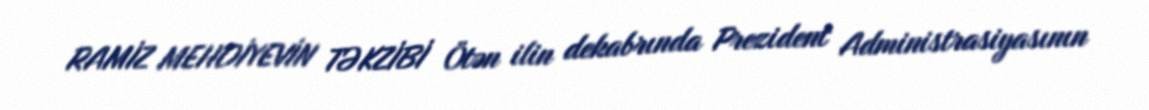
RAMİZ MEHDİYEVİN TƏKZİBİ Ötən ilin dekabrında Prezident Administrasiyasının